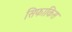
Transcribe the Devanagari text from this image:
सिफाकिस